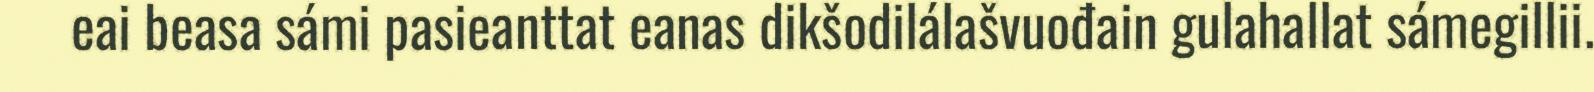
eai beasa sámi pasieanttat eanas dikšodilálašvuođain gulahallat sámegillii.